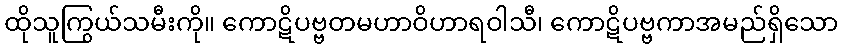
ထိုသူကြွယ်သမီးကို။ ကောဋိပဗ္ဗတမဟာဝိဟာရဝါသီ၊ ကောဋိပဗ္ဗကာအမည်ရှိသော